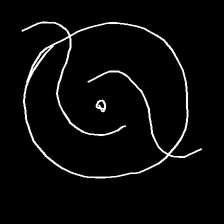
Glyph: repetition